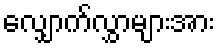
လျှောက်လွှာများအား